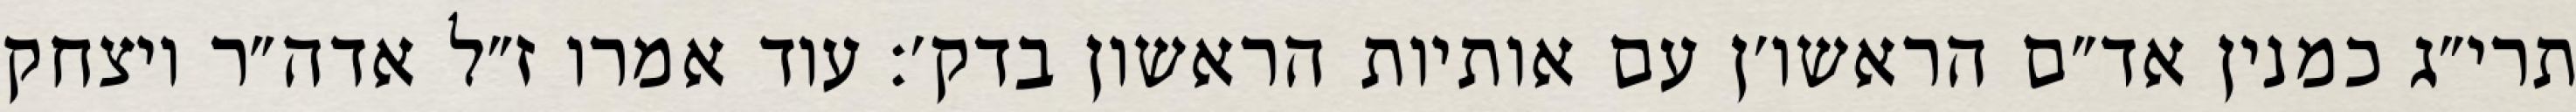
תרי״ג כמנין אד״ם הראשו׳ן עם אותיות הראשון בדק׳: עוד אמרו ז״ל אדה״ר ויצחק